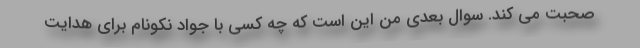
صحبت می کند. سوال بعدی من این است که چه کسی با جواد نکونام برای هدایت